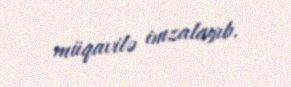
müqavilə imzalayıb.